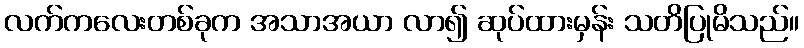
လက်ကလေးတစ်ခုက အသာအယာ လာ၍ ဆုပ်ထားမှန်း သတိပြုမိသည်။